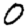
Digit: 0